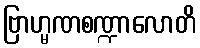
ဗြာဟ္မဏစဏ္ဍာလောတိ